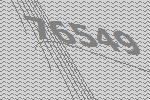
76549